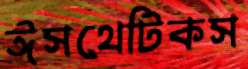
ঈসথেটিকস